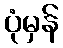
ပုံမှန်